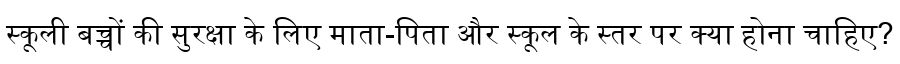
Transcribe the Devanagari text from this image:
स्कूली बच्चों की सुरक्षा के लिए माता-पिता और स्कूल के स्तर पर क्या होना चाहिए?